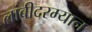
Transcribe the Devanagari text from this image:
लांबीदरम्यान